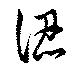
認